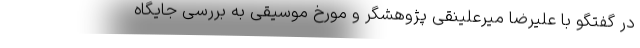
در گفتگو با علیرضا میرعلینقی پژوهشگر و مورخ موسیقی به بررسی جایگاه